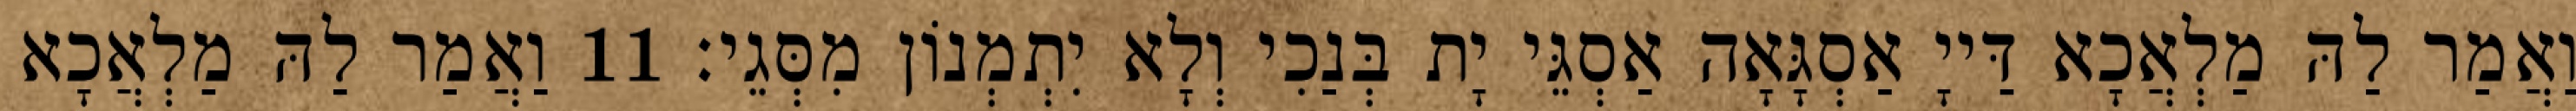
וַאֲמַר לַהּ מַלְאֲכָא דַּייָ אַסְגָּאָה אַסְגֵּי יָת בְּנַכִי וְלָא יִתְמְנוֹן מִסְּגֵי׃ 11 וַאֲמַר לַהּ מַלְאֲכָא